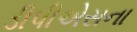
ડીપીએસના